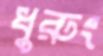
ধুরুং